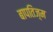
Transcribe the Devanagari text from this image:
बापतिज़्म